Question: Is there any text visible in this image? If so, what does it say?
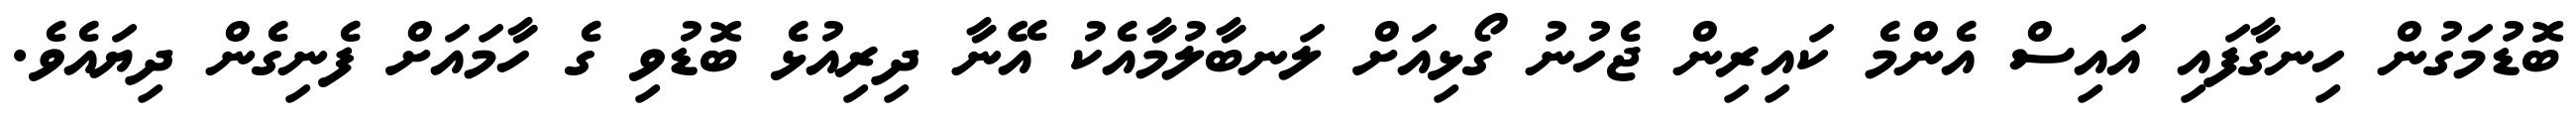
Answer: ބޮޑުމަގުން ހިނގާފައި އައިސް އެންމެ ކައިރިން ޖެހުނު ގޯޅިއަށް ލަނބާލުމާއެކު އޭނާ ދިރިއުޅެ ބޮޑުވި ގެ ހާމައަށް ފެނިގެން ދިޔައެވެ.